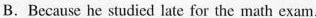
B. Because he studied late for the math exam.